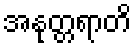
အနုတ္တရာတိ